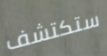
ستكتشف